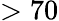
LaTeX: >70